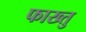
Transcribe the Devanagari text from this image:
फाख्तु